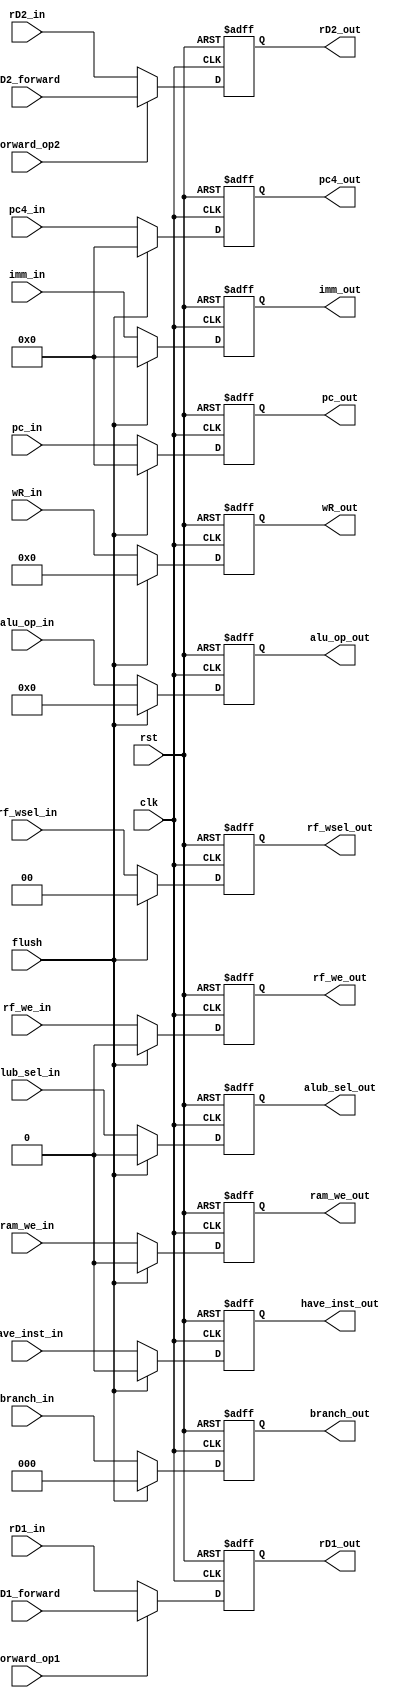
module REG_ID_EX (
    input wire        clk,
    input wire        rst,  
    
    //
    input wire [31:0] rD1_in,
    input wire [31:0] rD2_in,
    input wire [4 :0] wR_in,
    input wire [31:0] pc_in,
    input wire [31:0] pc4_in,
    input wire [31:0] imm_in,
    input wire        have_inst_in,

    output reg [31:0] rD1_out,
    output reg [31:0] rD2_out,
    output reg [4 :0] wR_out,
    output reg [31:0] pc_out,
    output reg [31:0] pc4_out,
    output reg [31:0] imm_out,
    output reg        have_inst_out,

    //
    input wire        forward_op1,
    input wire        forward_op2,
    input wire [31:0] rD1_forward,
    input wire [31:0] rD2_forward,

    //
    input wire        flush,

    //
    input wire [1 :0] rf_wsel_in,
    input wire [2 :0] branch_in,
    input wire        rf_we_in,
    input wire [3 :0] alu_op_in,
    input wire        alub_sel_in,
    input wire        ram_we_in,
    output reg [1 :0] rf_wsel_out,
    output reg [2 :0] branch_out,
    output reg        rf_we_out,
    output reg [3 :0] alu_op_out,
    output reg        alub_sel_out,
    output reg        ram_we_out
);

    //
    always @(posedge clk or posedge rst) begin
        if(rst)           wR_out <= 5'b0;
        else if(flush)    wR_out <= 5'b0;
        else              wR_out <= wR_in;
    end

    always @(posedge clk or posedge rst) begin
        if(rst)           pc4_out <= 32'b0;
        else if(flush)    pc4_out <= 32'b0;
        else              pc4_out <= pc4_in;
    end

    always @(posedge clk or posedge rst) begin
        if(rst)           pc_out <= 32'b0;
        else if(flush)    pc_out <= 32'b0;
        else              pc_out <= pc_in;
    end

    always @(posedge clk or posedge rst) begin
        if(rst)           imm_out <= 32'b0;
        else if(flush)    imm_out <= 32'b0;
        else              imm_out <= imm_in;
    end

    always @(posedge clk or posedge rst) begin
        if(rst)           have_inst_out <= 1'b0;
        else if(flush)    have_inst_out <= 1'b0;
        else              have_inst_out <= have_inst_in;
    end

    always @(posedge clk or posedge rst) begin
        if(rst)                 rD1_out <= 32'b0;
        else if(forward_op1)    rD1_out <= rD1_forward;     //
        else                    rD1_out <= rD1_in;
    end

    always @(posedge clk or posedge rst) begin
        if(rst)                 rD2_out <= 32'b0;
        else if(forward_op2)    rD2_out <= rD2_forward;     //
        else                    rD2_out <= rD2_in;
    end

    //
    always @(posedge clk or posedge rst) begin
        if(rst)           rf_wsel_out <= 2'b0;
        else if(flush)    rf_wsel_out <= 2'b0;
        else              rf_wsel_out <= rf_wsel_in;
    end

    always @(posedge clk or posedge rst) begin
        if(rst)           rf_we_out <= 1'b0;
        else if(flush)    rf_we_out <= 1'b0;
        else              rf_we_out <= rf_we_in;
    end

    always @(posedge clk or posedge rst) begin
        if(rst)           branch_out <= 3'b0;
        else if(flush)    branch_out <= 3'b0;
        else              branch_out <= branch_in;
    end

    always @(posedge clk or posedge rst) begin
        if(rst)           alu_op_out <= 4'b0;
        else if(flush)    alu_op_out <= 4'b0;
        else              alu_op_out <= alu_op_in;
    end

    always @(posedge clk or posedge rst) begin
        if(rst)           alub_sel_out <= 1'b0;
        else if(flush)    alub_sel_out <= 1'b0;
        else              alub_sel_out <= alub_sel_in;
    end

    always @(posedge clk or posedge rst) begin
        if(rst)           ram_we_out <= 1'b0;
        else if(flush)    ram_we_out <= 1'b0;
        else              ram_we_out <= ram_we_in;
    end


endmodule